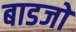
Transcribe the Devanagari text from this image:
बाडजो